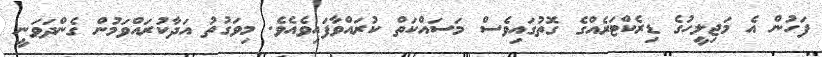
ފަހުން އެ މަޖިލީހުގެ ޑިރެކްޓަރެއްގެ ގޮތުގައިވެސް މަސައްކަތް ކުރައްވާފައިވެއެވެ. މިވަގުތު އަދާކުރައްވަމުން ގެންދަވަނީ